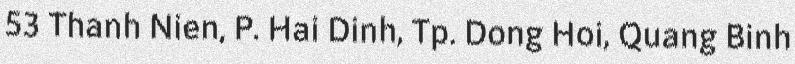
53 Thanh Nien, P. Hai Dinh, Tp. Dong Hoi, Quang Binh